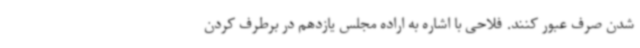
شدن صرف عبور کنند. فلاحی با اشاره به اراده مجلس یازدهم در برطرف کردن